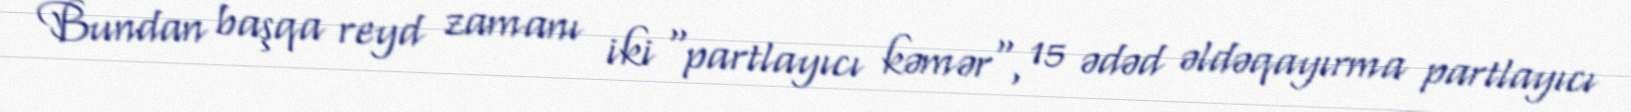
Bundan başqa reyd zamanı iki "partlayıcı kəmər", 15 ədəd əldəqayırma partlayıcı